Vital statistics of India. Vol. IV, Annual returns from 1871 to 1876. British Army of India, Native Army and jails of Bengal
Year: 1871
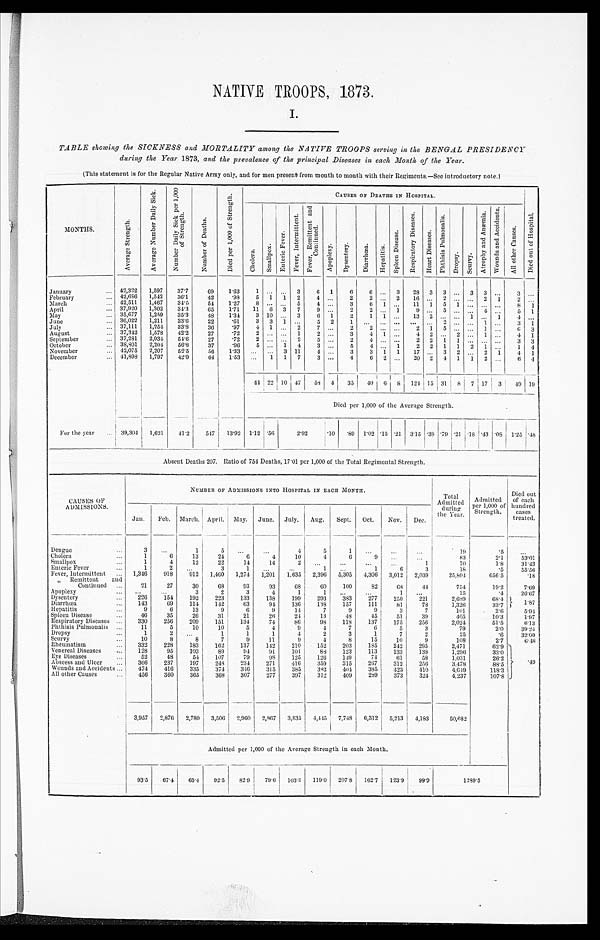
NATIVE TROOPS, 1873.
I.
TABLE showing the SICKNESS and MORTALITY among the NATIVE TROOPS serving in the BENGAL PRESIDENCY
during the Year 1873, and the prevalence of the principal Diseases in each Month of the Year.
(This statement is for the Regular Native Army only, and for men present from month to month with their Regiments.—See introductory note.)
MONTHS.
A v e r a g e S t r e n g t h .
A v e r a g e N u m b e r D a i l y S i c k .
N u m b e r D a i l y S i c k p e r 1 , 0 0 0 o f S t r e n g t h .
N u m b e r o f D e a t h s .
D i e d p e r 1 , 0 0 0 o f S t r e n g t h .
CAUSES OF DEATHS IN HOSPITAL.
D i e d o u t o f H o s p i t a l .
C h o l e r a .
S m a l l p o x .
E n t e r i c F e v e r .
F e v e r , I n t e r m i t t e n t .
F e v e r , R e m i t t e n t a n d C o n t i n u e d
A p o p l e x y .
D y s e n t e r y .
D i a r r h œ a .
H e p a t i t i s .
S p l e e n D i s e a s e .
R e s p i r a t o r y D i s e a s e s .
H e a r t D i s e a s e s .
P h t h i s i s P u l m o n a l i s .
D r o p s y . S c u r v y .
A t r o p h y a n d A n æ m i a . Wo u n d s a n d A c c i d e n t s .
A l l o t h e r C a u s e s .
January . . . 42,322
1,597
37.7
69
1.63
1
. . . . . .
3
6 1
6
6
. . . 3
28 3 3
. . . 3 3 . . .
3
. . .
February . . . 42,686
1,542
36.1
42
. 9 8 5 1 1 2
4
. . . 2
2
. . . 2
16
. . . 2
. . .
. . . 2 1
2
. . .
March . . . 42,511
1,467
34.5
54
1.27
8
. . . . . . 5
4
. . .
3
6 1
. . .
11 1 5 1
. . .
. . . . . .
8
1
April . . . 37,920
1,302
34.3
65
1.71
11 6 3 7
9
. . .
2
2
. . . 1
9
. . . 5
. . . . . .
4
. . .
5 1
May . . . 35,677
1,259
35.3
48
1.34
3 10
. . . 3
6 1
2
1 1
. . .
13 2 . . .
. . . 1
. . . 1
4
. . .
June . . . 36,022
1,211
33.6
22
. 6 1 3 3 1
. . . 5 2
1
. . .
. . .
. . .
. . .
. . .
2
. . .
. . . 1
. . .
3
1
July . . . 37,111
1,254
33.8
36
. 9 7 4 1
. . . 2
7
. . .
2
2
. . .
. . .
2
1 5
. . .
. . . 1
. . .
6 3
August . . . 37,342
1,578
42.2
27
. 7 2 2
. . .
. . . 1
2
. . .
3
4 1
. . .
4 2
. . . 2
. . . 1
. . .
4 1
September . . . 37,281
2,034
54.6
27
. 7 2 2
. . . . . . 2
5
. . .
2
4
. . .
. . .
2
2 1
1
. . . . . .
. . .
3 3
October . . . 38,801
2,204
56.8
37
. 9 6 5
. . . 1
4
3
. . .
5
4
. . . 1
2 2 1 1 2 1
. . .
1 4
November . . . 42,075
2,207
52.5
56
1.13
. . . . . . 3 11
4
. . .
3
3 1 1
17
. . . 3 2
. . . 2 1
4
1
December . . . 41,898 1,797
42.9
64
1.53
. . .
1 1 7
3
. . .
4
6 2
. . .
20 2 4 1 1 2
. . .
6 4
44 22
1 0 47
58 4
35
40 6 8 124 15 31 8 7 17 3
49 19
Died per 1,000 of the Average Strength.
For the year . . . 39,304 1,621
41.2
547
13.92 1.12 .56
2 . 9 2
.10 .89 1.02 .15 .21 3.15 .38
. 7 9 .21
. 1 8 .43
. 0 8 1.25 . 4 8
Absent Deaths 207. Ratio of 754 Deaths, 17.01 per 1,000 of the Total Regimental Strength.
CAUSES OF
ADMISSIONS.
NUMBER OF ADMISSIONS INTO HOSPITAL IN EACH MONTH.
Total
Admitted d u r i n g t h e Y e a r .
Admitted
per 1,000 of
Strength.
Died out
of each
hundred
cases
treated.
Jan.
Feb. March. April. May. June. July.
Aug.
Sept.
Oct.
Nov.
Dec.
Dengue
3
. . .
1
5
. . .
. . .
4
5
1
. . .
. . .
. . .
19
.5
. . .
Cholera . . .
1
6
13
24
6
4
10
4
6
9
. . .
. . .
83
2.1
53.01
Smallpox . . .
1
4
12
22
14
14
2
. . .
. . . .
. . .
. . .
1
70
1.8
31.43
Enteric Fever . . .
1
2
. . .
3
1
. . .
. . .
1
. . .
1
6
3
18
.5
55.56
Fever Intermittent . . . 1,346
918
912
1,460
1,274
1,201
1,635 2,396
5,305
4,306 3,012
2,039
25,804
656.5
.18
" Remittent and
Continued . . .
21
27
30
68
93
93
68
60
100
82
68
44
754
19.2
7.69
Apoplexy . . .
. . .
. . .
3
2
3
4
1
1
. . .
. . .
1
. . .
15
. 4
26.67
Dysentery . . .
226
154
192
223
133
138
199
293
383
277
250
221
2,689
68.4
1.8 7
Diarrhœa . . .
143
69
114
142
63
94
136
138
157
111
81
78
1,326
33.7
Hepatitis . . .
9
6
13
9
6
9
14
7
9
9
3
7
101
2.6
5. 94
Spleen Disease . . .
46
35
26
31
21
26
24
13
48
45
51
39
405
10.3
1.97
Respiratory Diseases . . .
330
256
209
151
134
74
86
98
118
137
175
256
2,024
51.5
6.13
Phthisis Pulmonalis . . .
11
5
10
10
5
4
9
4
7
6
5
3
79
2.0
39. 24
Dropsy . . .
1
2
. . .
1
1
1
4
2
3
1
7
2
25
.6
32.00
Scurvy . . .
10
8
8
7
9
11
9
4
8
15
10
9
108
2.7
6.48
Rheumatism . . .
332
228
183
162
137
142
210
152
203
185
242
295
2,471
62.9 . 4 9
Venereal Diseases . . .
128
95
103
89
94
91
101
88
123
113
133
138
1,296
33.0
E y e D i s e a s e s . . .
52
48
54
107
79
9 8
125
126
149
74
61
58
1,031
26.2
Abscess and Ulcer . . .
366
237
197
248
234
271
416
359
315
267
312
256
3,478
88.5
Wounds and Accidents . . .
474
416
335
374
346
315
385
382
404
385
423
410
4,649
118.3
All other Causes . . .
456
360
365
368
307
277
397
312
409
289
373
324
4,237
107.8
3,957
2,876
2,780
3,506
2,960
2,867
3,835 4,445 7,748
6,312
5,213 4,183
50,682
Admitted per 1,000 of the Average Strength in each Month.
93.5
67.4
65.4
92.5
82.9
79.6 103.3 119.0 207.8
162.7
123.9
99.9
1289.5